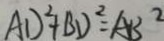
A D ^ { 2 } + B D ^ { 2 } = A B ^ { 2 }